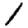
Digit: 1